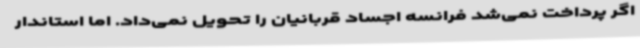
اگر پرداخت نمی‌شد فرانسه اجساد قربانیان را تحویل نمی‌داد. اما استاندار